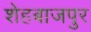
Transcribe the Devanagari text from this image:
शेहबाजपुर